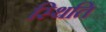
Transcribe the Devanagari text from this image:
स्थिति